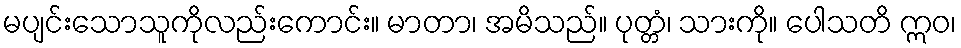
မပျင်းသောသူကိုလည်းကောင်း။ မာတာ၊ အမိသည်။ ပုတ္တံ၊ သားကို။ ပေါသတိ ဣဝ၊